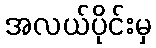
အလယ်ပိုင်းမှ